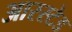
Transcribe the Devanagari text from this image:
आरस्टेड